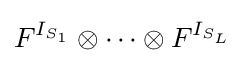
F^{I_{S_{1}}}\otimes \cdots \otimes F^{I_{S_{L}}}